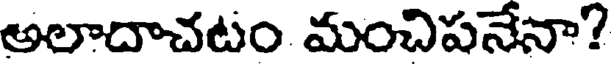
అలాదాచటం మంచిపనేనా?